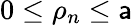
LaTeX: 0\leq\rho_{n}\leq\mathsf{a}